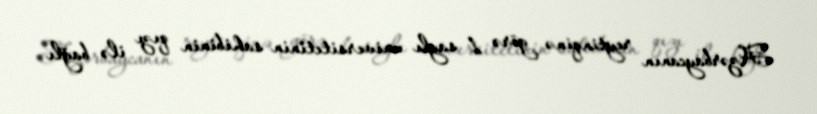
Azərbaycanın reytinqinə görə 1 saylı universitetinin sahibinin qızı ilə bağlı